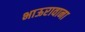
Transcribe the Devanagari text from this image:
भाऊरावाना